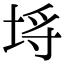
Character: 埓